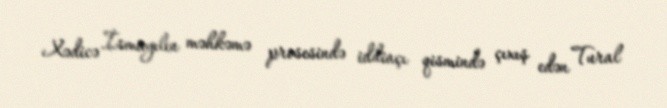
Xədicə İsmayılın məhkəmə prosesində iddiaçı qismində çıxış edən Tural